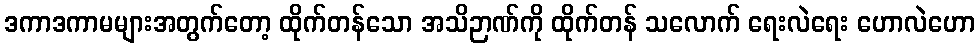
ဒကာဒကာမများအတွက်တော့ ထိုက်တန်သော အသိဉာဏ်ကို ထိုက်တန် သလောက် ရေးလဲရေး ဟောလဲဟော